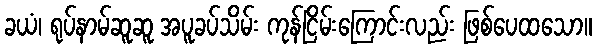
ခယံ၊ ရုပ်နာမ်ဆူဆူ အပူခပ်သိမ်း ကုန်ငြိမ်းကြောင်းလည်း ဖြစ်ပေထသော။